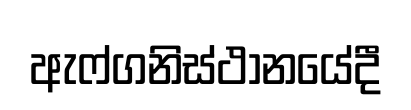
ඇෆ්ගනිස්ථානයේදී